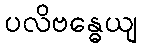
ပလိဗန္ဓေယျ